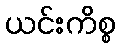
ယင်းကိစ္စ